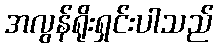
အလွန်ရိုးရှင်းပါသည်